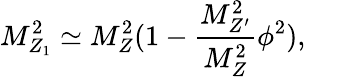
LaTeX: M_{Z_{1}}^{2}\simeq M_{Z}^{2}(1-\frac{M_{Z^{\prime}}^{2}}{M_{Z}^{2}}\phi^{2}),\qquad